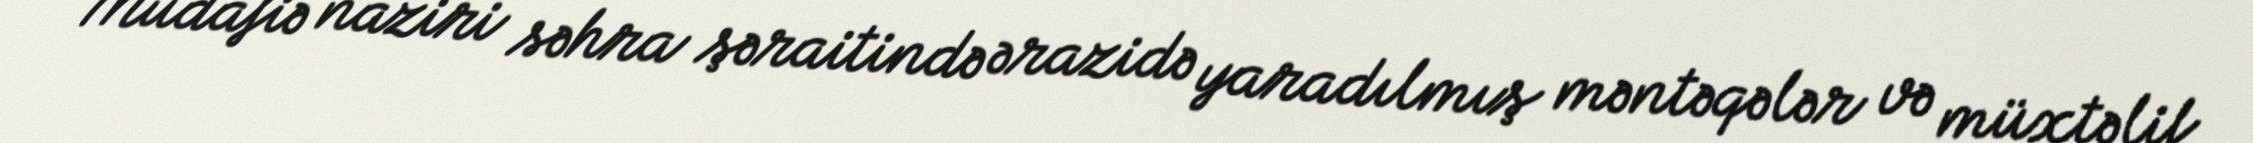
Müdafiə naziri səhra şəraitində ərazidə yaradılmış məntəqələr və müxtəlif